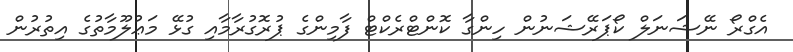
އެގްރޯ ނޭޝަނަލް ކޯޕަރޭޝަނުން ހިންގާ ކޮންޓްރެކްޓް ފާމިންގެ ޕުރޮގުރާމާއި ގުޅޭ މަޢުލޫމާތުގެ އިތުރުން